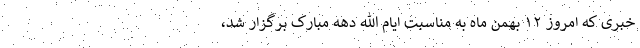
خبری که امروز ۱۲ بهمن ماه به مناسبت ایام الله دهه مبارک برگزار شد،